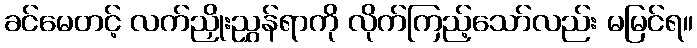
ခင်မေတင့် လက်ညှိုးညွှန်ရာကို လိုက်ကြည့်သော်လည်း မမြင်ရ။